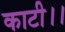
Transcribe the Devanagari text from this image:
काटी।।